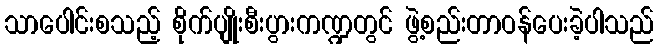
သာပေါင်းစသည့် စိုက်ပျိုးစီးပွားကဏ္ဍတွင် ဖွဲ့စည်းတာဝန်ပေးခဲ့ပါသည်